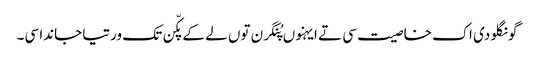
گونگلو دی اک خاصیت سی تے ایہنوں پُنگرن توں لے کے پکّن تک ورتیا جاندا سی۔